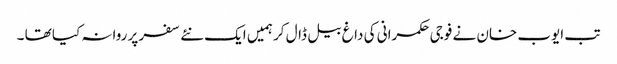
تب ایوب خان نے فوجی حکمرانی کی داغ بیل ڈال کر ہمیں ایک نئے سفر پر روانہ کیا تھا ۔